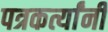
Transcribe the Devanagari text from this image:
पत्रकर्त्यांनी